画像に写った文字を読んでください
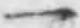
「一」と書いてあります